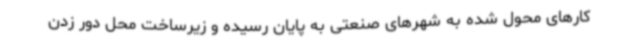
کارهای محول شده به شهرهای صنعتی به پایان رسیده و زیرساخت محل دور زدن